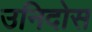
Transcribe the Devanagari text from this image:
उनिदोस